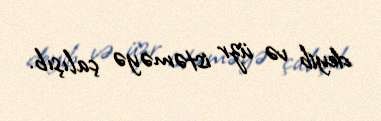
deyib və üzr istəməyə çalışıb.